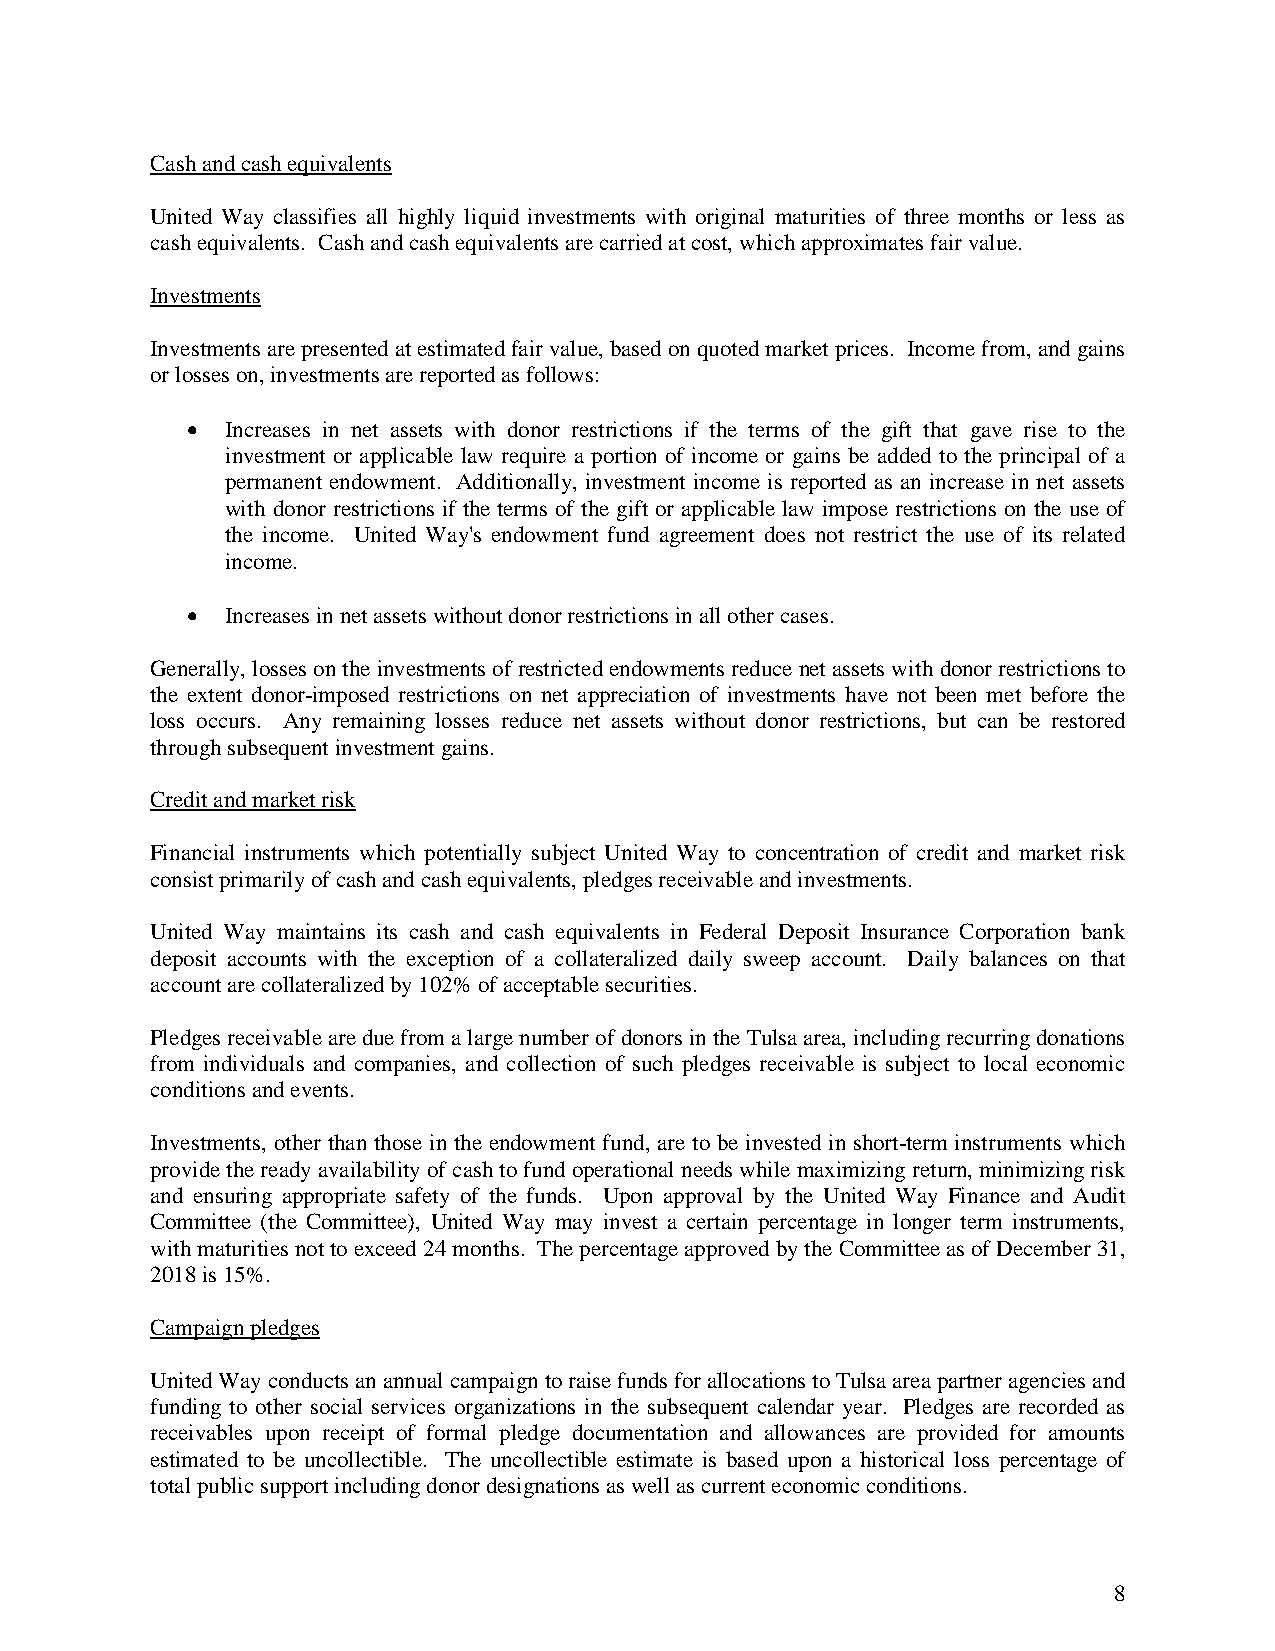
Cash and cash equivalents
 United Way classifies all highly liquid investments with original maturities of three months or less as
 cash equivalents. Cash and cash equivalents are carried at cost, which approximates fair value.
 Investments
 Investments are presented at estimated fair value, based on quoted market prices. Income from, and gains
 or losses on, investments are reported as follows:
 •  Increases in net assets with donor restrictions if the terms of the gift that gave rise to the
 investment or applicable law require a portion of income or gains be added to the principal of a
 permanent endowment. Additionally, investment income is reported as an increase in net assets
 with donor restrictions if the terms of the gift or applicable law impose restrictions on the use of
 the income. United Way's endowment fund agreement does not restrict the use of its related
 income.
 •  Increases in net assets without donor restrictions in all other cases.
 Generally, losses on the investments of restricted endowments reduce net assets with donor restrictions to
 the extent donor-imposed restrictions on net appreciation of investments have not been met before the
 loss occurs. Any remaining losses reduce net assets without donor restrictions, but can be restored
 through subsequent investment gains.
 Credit and market risk
 Financial instruments which potentially subject United Way to concentration of credit and market risk
 consist primarily of cash and cash equivalents, pledges receivable and investments.
 United Way maintains its cash and cash equivalents in Federal Deposit Insurance Corporation bank
 deposit accounts with the exception of a collateralized daily sweep account. Daily balances on that
 account are collateralized by 102% of acceptable securities.
 Pledges receivable are due from a large number of donors in the Tulsa area, including recurring donations
 from individuals and companies, and collection of such pledges receivable is subject to local economic
 conditions and events.
 Investments, other than those in the endowment fund, are to be invested in short-term instruments which
 provide the ready availability of cash to fund operational needs while maximizing return, minimizing risk
 and ensuring appropriate safety of the funds. Upon approval by the United Way Finance and Audit
 Committee (the Committee), United Way may invest a certain percentage in longer term instruments,
 with maturities not to exceed 24 months. The percentage approved by the Committee as of December 31,
 2018 is 15%.
 Campaign pledges
 United Way conducts an annual campaign to raise funds for allocations to Tulsa area partner agencies and
 funding to other social services organizations in the subsequent calendar year. Pledges are recorded as
 receivables upon receipt of formal pledge documentation and allowances are provided for amounts
 estimated to be uncollectible. The uncollectible estimate is based upon a historical loss percentage of
 total public support including donor designations as well as current economic conditions.
 8